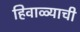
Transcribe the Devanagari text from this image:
हिवाळ्याची